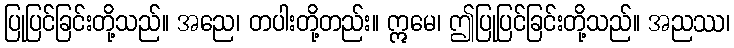
ပြုပြင်ခြင်းတို့သည်။ အညေ၊ တပါးတို့တည်း။ ဣမေ၊ ဤပြုပြင်ခြင်းတို့သည်။ အညဿ၊